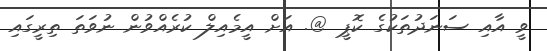
ވީ އާއި ސަނަދުތަކުގެ ކޮޕީ @. އަށް އީމެއިލް ކުރެއްވުން ނުވަތަ ތިރީގައި